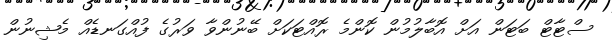
ސްޓާޓް ބަޓަން އަށް އޮބާލުމުން ކޮންމެ ރޮއްޓަކަށް ބޭނުންވާ ވަރުގެ ފުއްގަނޑެއް މެޝިނުން